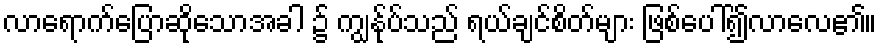
လာရောက်ပြောဆိုသောအခါ ၌ ကျွန်ုပ်သည် ရယ်ချင်စိတ်များ ဖြစ်ပေါ်၍လာလေ၏။